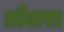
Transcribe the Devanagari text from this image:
तोलरा